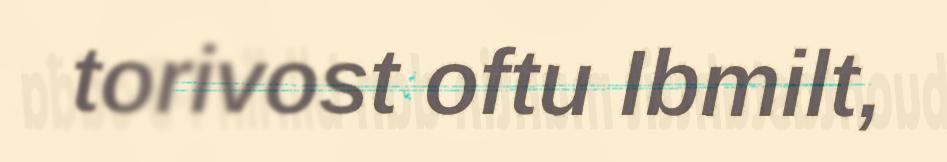
torivost oftu Ibmilt,